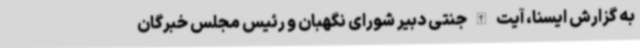
به گزارش ایسنا، آیت الله جنتی دبیر شورای نگهبان و رئیس مجلس خبرگان